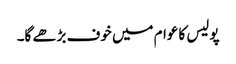
پولیس کا عوام میں خوف بڑھے گا۔